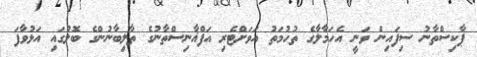
ޕާކިސްތާނު ސިފައިން ވަނީ އެހަމާލާގެ ތުހުމަތު އަވަށްޓެރި އަފްޣާނިސްތާނުގެ ތާލިބާނުންގެ ބޮލުގައި އަޅުވާފަ